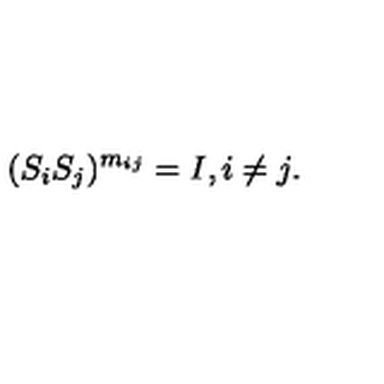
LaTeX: ( S _ { i } S _ { j } ) ^ { m _ { i j } } = I , i \neq j .